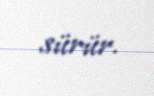
sürür.